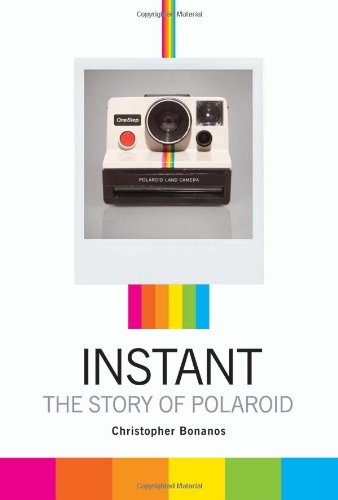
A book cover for Instant: The Story of Polaroid; Christopher Bonanos; Humor & Entertainment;